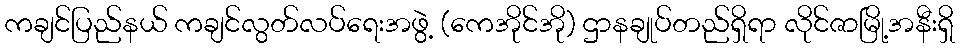
ကချင်ပြည်နယ် ကချင်လွတ်လပ်ရေးအဖွဲ့ (ကေအိုင်အို) ဌာနချုပ်တည်ရှိရာ လိုင်ဇာမြို့အနီးရှိ